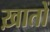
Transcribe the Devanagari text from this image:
ख़ातों